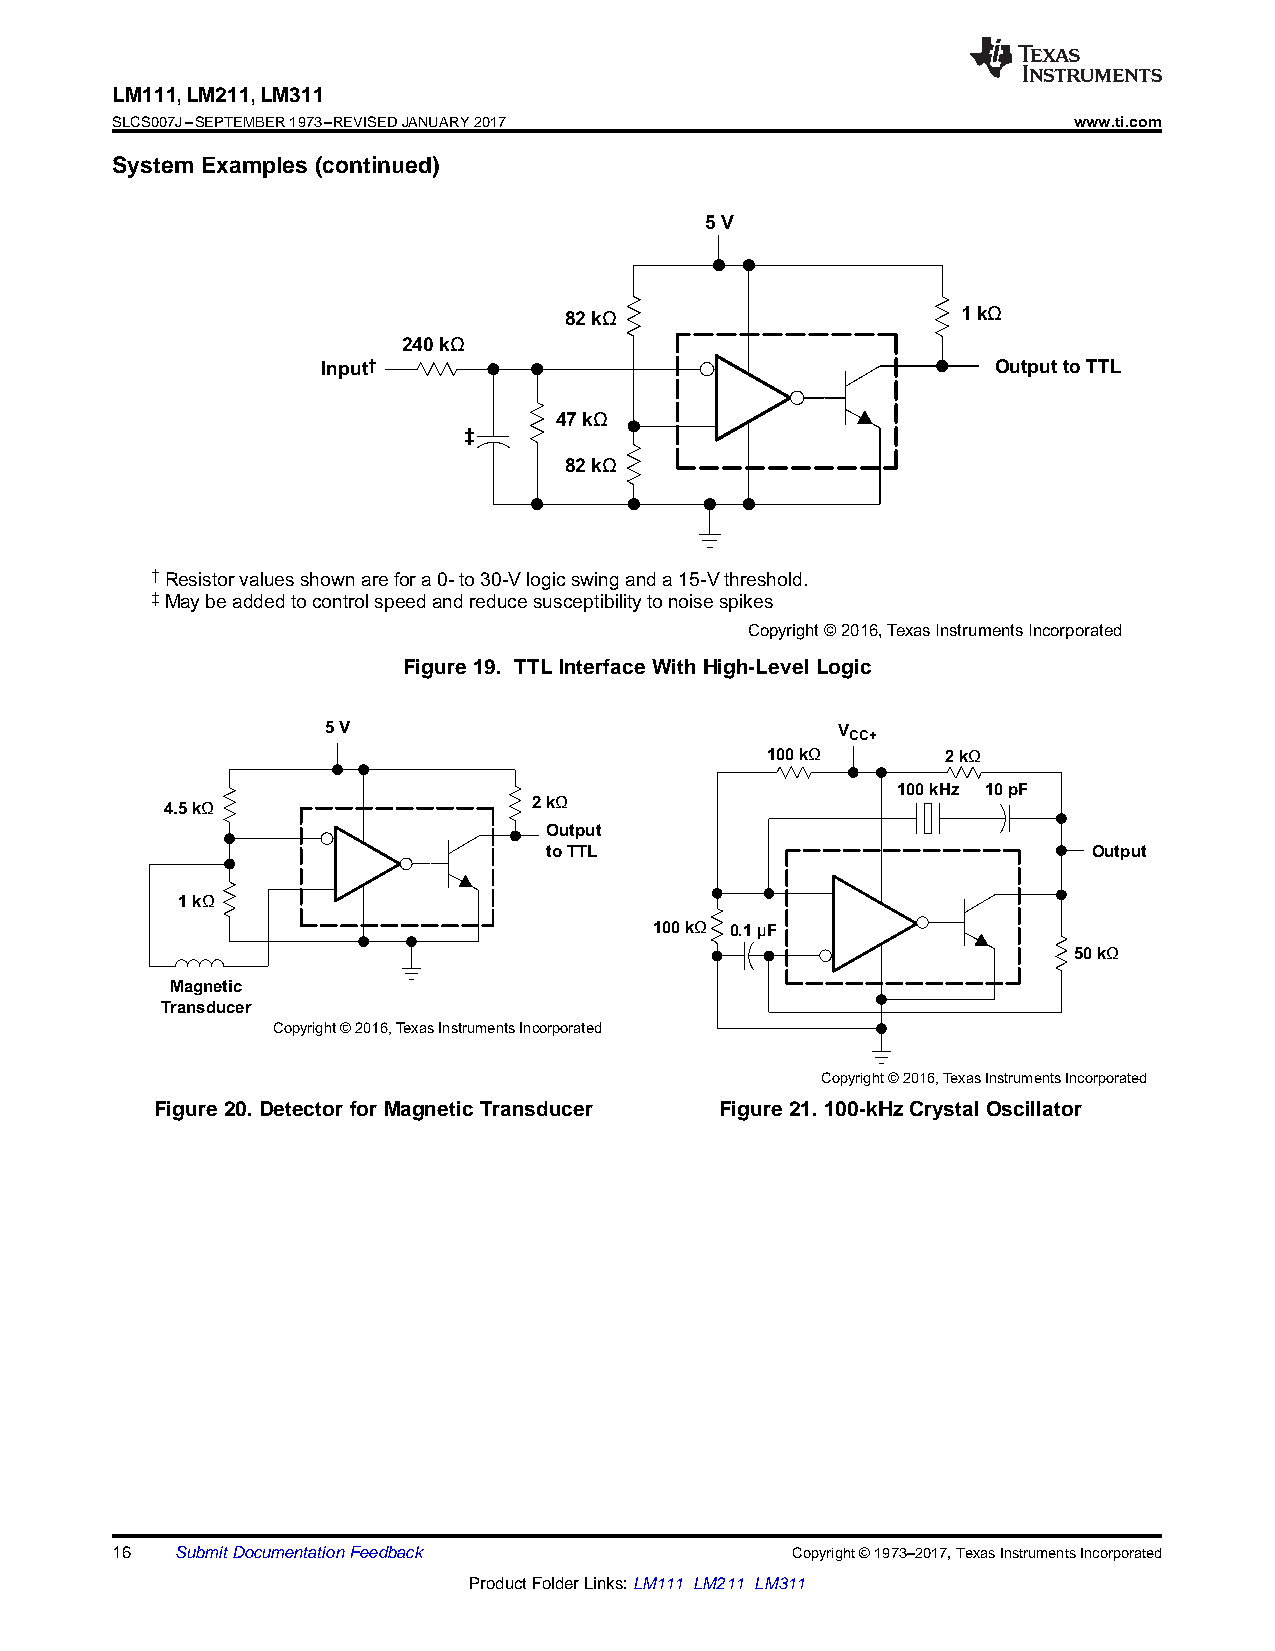
LM111,LM211,LM311
 SLCS007J–SEPTEMBER1973–REVISEDJANUARY2017                       www.ti.com
 System Examples (continued)
 5 V
 82 kΩ                      1 kΩ
 240 kΩ
 Input†                                       Output to TTL
 47 kΩ
 ‡
 82 kΩ
 †Resistorvaluesshownarefora0-to30-Vlogicswinganda15-Vthreshold.
 ‡May be added to control speed and reduce susceptibility to noise spikes
 Copyright © 2016,Texas Instruments Incorporated
 Figure19. TTLInterfaceWithHigh-LevelLogic
 5V                                VCC+
 100 kΩ      2 kΩ
 100 kHz 10 pF
 4.5 kΩ                  2 kΩ
 Output
 to TTL                              Output
 1 kΩ
 100 kΩ 0.1µF
 50 kΩ
 Magnetic
 Transducer
 Copyright © 2016,Texas Instruments Incorporated
 Copyright © 2016,Texas Instruments Incorporated
 Figure20.DetectorforMagneticTransducer Figure21.100-kHzCrystalOscillator
 16   SubmitDocumentationFeedback             Copyright©1973–2017,TexasInstrumentsIncorporated
 ProductFolderLinks:LM111 LM211 LM311